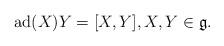
LaTeX: \begin{align*}\operatorname{ad}(X)Y=[X, Y], X, Y \in \mathfrak{g}.\end{align*}